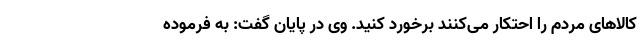
کالاهای مردم را احتکار می‌کنند برخورد کنید. وی در پایان گفت: به فرموده